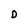
Character: D